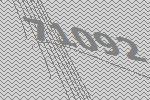
71092